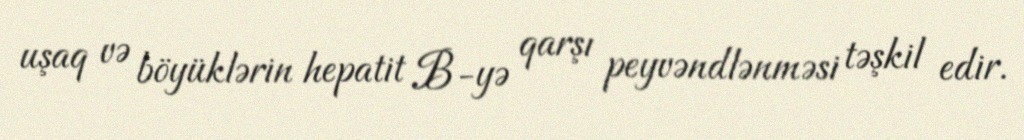
uşaq və böyüklərin hepatit B-yə qarşı peyvəndlənməsi təşkil edir.